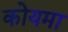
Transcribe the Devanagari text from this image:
कोयमा